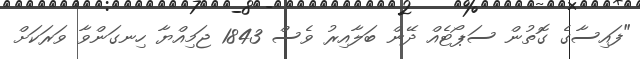
"ފައިސާގެ ގޮތުން ސަޕޯޓެއް ދޭން ބަލާއިރު ވެސް 1843 ޖަމިއްޔާ ހިނގަންވާ ވަރަކަށް